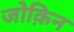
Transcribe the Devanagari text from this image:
जोक़िन